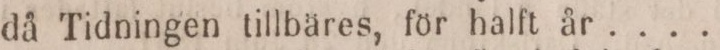
då Tidningen tillbäres, för halft år .... „ „ 2: 28.